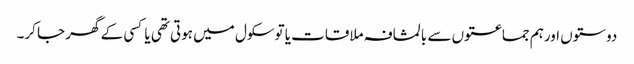
دوستوں اورہم جماعتوں سے بالمشافہ ملاقات یا توسکول میں ہوتی تھی یا کسی کے گھر جا کر۔